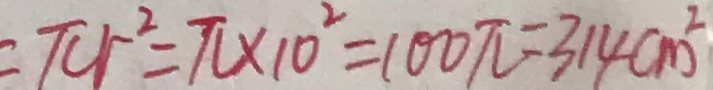
= \pi r ^ { 2 } = \pi \times 1 0 ^ { 2 } = 1 0 0 \pi = 3 1 4 c m ^ { 2 }